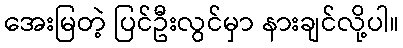
အေးမြတဲ့ ပြင်ဦးလွင်မှာ နားချင်လို့ပါ။